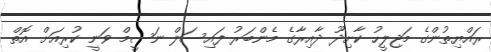
ރައްޔިތުންގެ މަޖިލީހު ކާށިދޫ ދާއިރާގެ މެންބަރު ފައިސަލް ނަސީމް ވަނީ ކުރިއަށް އޮތް